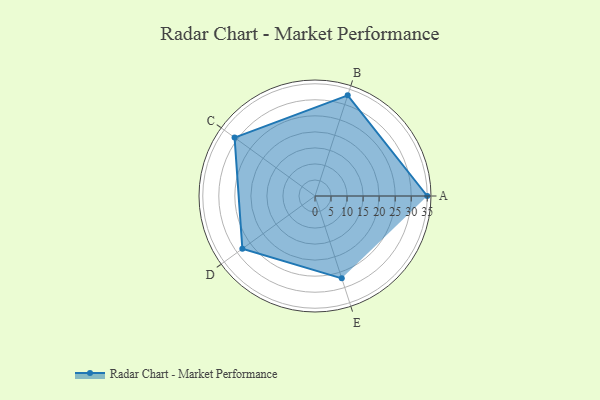
{"axis": {"x": "Skill", "y": "Score"}, "legend": ["Profile"], "data": [{"x": "A", "y": 35.0, "type": "Profile"}, {"x": "B", "y": 33.0, "type": "Profile"}, {"x": "C", "y": 31.0, "type": "Profile"}, {"x": "D", "y": 28.0, "type": "Profile"}, {"x": "E", "y": 27.0, "type": "Profile"}]}